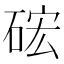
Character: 硡